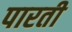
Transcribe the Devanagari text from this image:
पारती